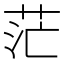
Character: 茫